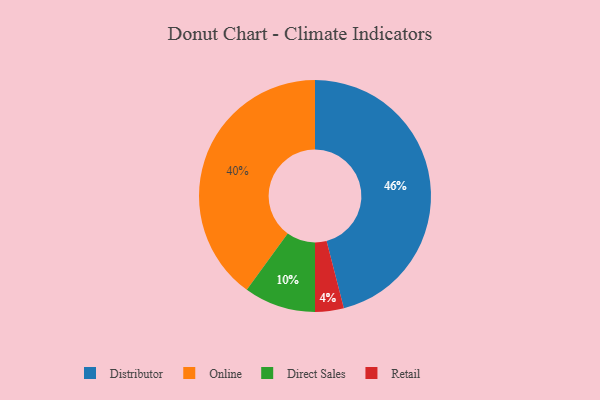
{"axis": {"x": "Category", "y": "Percentage"}, "legend": ["Direct Sales", "Distributor", "Online", "Retail"], "data": [{"x": "Direct Sales", "y": 10, "type": "Direct Sales"}, {"x": "Online", "y": 40, "type": "Online"}, {"x": "Retail", "y": 4, "type": "Retail"}, {"x": "Distributor", "y": 46, "type": "Distributor"}]}